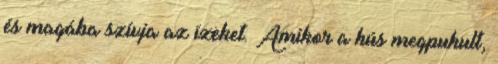
és magába szívja az ízeket. Amikor a hús megpuhult,